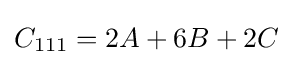
C_{111}=2A+6B+2C